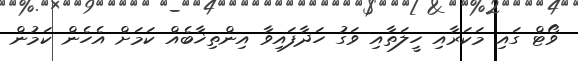
ވޯޓް ގައި މަކަރާއި ހީލަތާއި ވަގު ހަދާފައިވާ އިންތިޚާބެއް ކަމަށް އެހެން ކަމުން